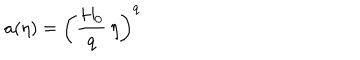
a ( \eta ) = \left( \frac { H _ { 0 } } { q } \, \eta \right) ^ { q }